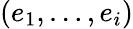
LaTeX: (e_{1},\dots,e_{i})